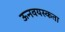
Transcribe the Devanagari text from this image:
ऊनवयस्कता